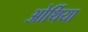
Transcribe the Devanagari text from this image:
ओर्थिया